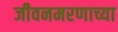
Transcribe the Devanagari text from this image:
जीवनमरणाच्या